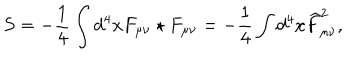
LaTeX: S = - \frac 1 4 \int d ^ { 4 } x F _ { \mu \nu } \star F _ { \mu \nu } = - \frac 1 4 \int d ^ { 4 } x \widehat { F } _ { \mu \nu } ^ { 2 } ,